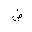
Letter: _dad